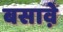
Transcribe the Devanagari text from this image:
बसावे़